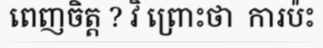
ពេញចិត្ត ? វិ ព្រោះថា  ការប៉ះ